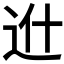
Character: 𨑮